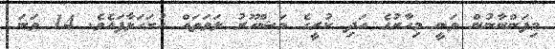
މިފަންނާނުން ވަނީ މިހާރުގެ އަދި ކުރީގެ މަޝްހޫރު ލަވަތައް ހުށަހަޅާފައެވެ. 14 ވަނަ